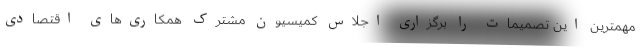
مهمترین این تصمیمات را برگزاری اجلاس کمیسیون مشترک همکاری‌های اقتصادی